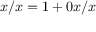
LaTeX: x / x = 1 + 0 x / x